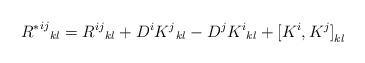
LaTeX: \begin{align*}{{R^{*}}^{ij}}_{kl}= {R^{ij}}_{kl}+ D^{i}{K^{j}}_{kl}-D^{j}{K^{i}}_{kl}+{[K^{i},K^{j}]}_{kl}\end{align*}